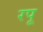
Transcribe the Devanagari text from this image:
रपू